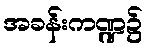
အခန်းကဏ္ဍ၌